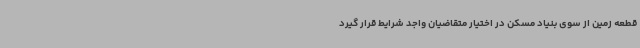
قطعه زمین از سوی بنیاد مسکن در اختیار متقاضیان واجد شرایط قرار گیرد